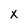
Character: x